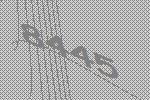
8445